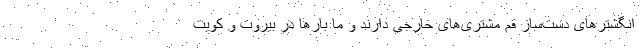
انگشترهای دست‌ساز قم مشتری‌های خارجی دارند و ما بارها در بیروت و کویت